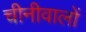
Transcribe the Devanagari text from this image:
चीनीवालों